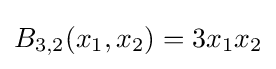
B_{3,2}(x_{1},x_{2})=3x_{1}x_{2}